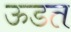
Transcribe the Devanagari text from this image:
ऊडत